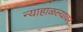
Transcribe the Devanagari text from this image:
न्याहाळल्यावर